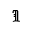
\Im